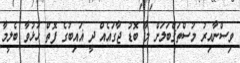
ވިސްނާއިރު މުސްތަޤްބަލަށް މާ ބޮޑު ޖާގައެއް ދީ ޣައިބުގެ ފޮތް ހުޅުވާ ބެލީމާ